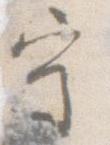
守